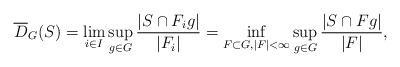
LaTeX: \begin{align*} \overline{D}_G(S) = \lim_{i \in I} \sup_{g \in G} \frac{|S \cap F_ig|}{|F_i|} = \inf_{F \subset G, |F|<\infty} \sup_{g \in G} \frac{|S \cap Fg|}{|F|}, \end{align*}